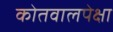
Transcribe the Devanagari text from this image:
कोतवालपेक्षा